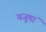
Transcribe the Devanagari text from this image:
यजुषां